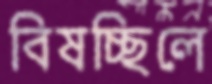
বিষচ্ছিলে